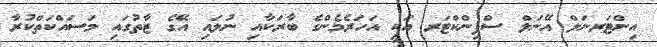
އިންޓަރނަލް އޭނަލް ސްފިންކްޓަރ އަކީ އަހަރެމެންގެ ބާރަކާއި ނުލައި އޭގެ ޒާތުގައި މަސައްކަތްކުރާ